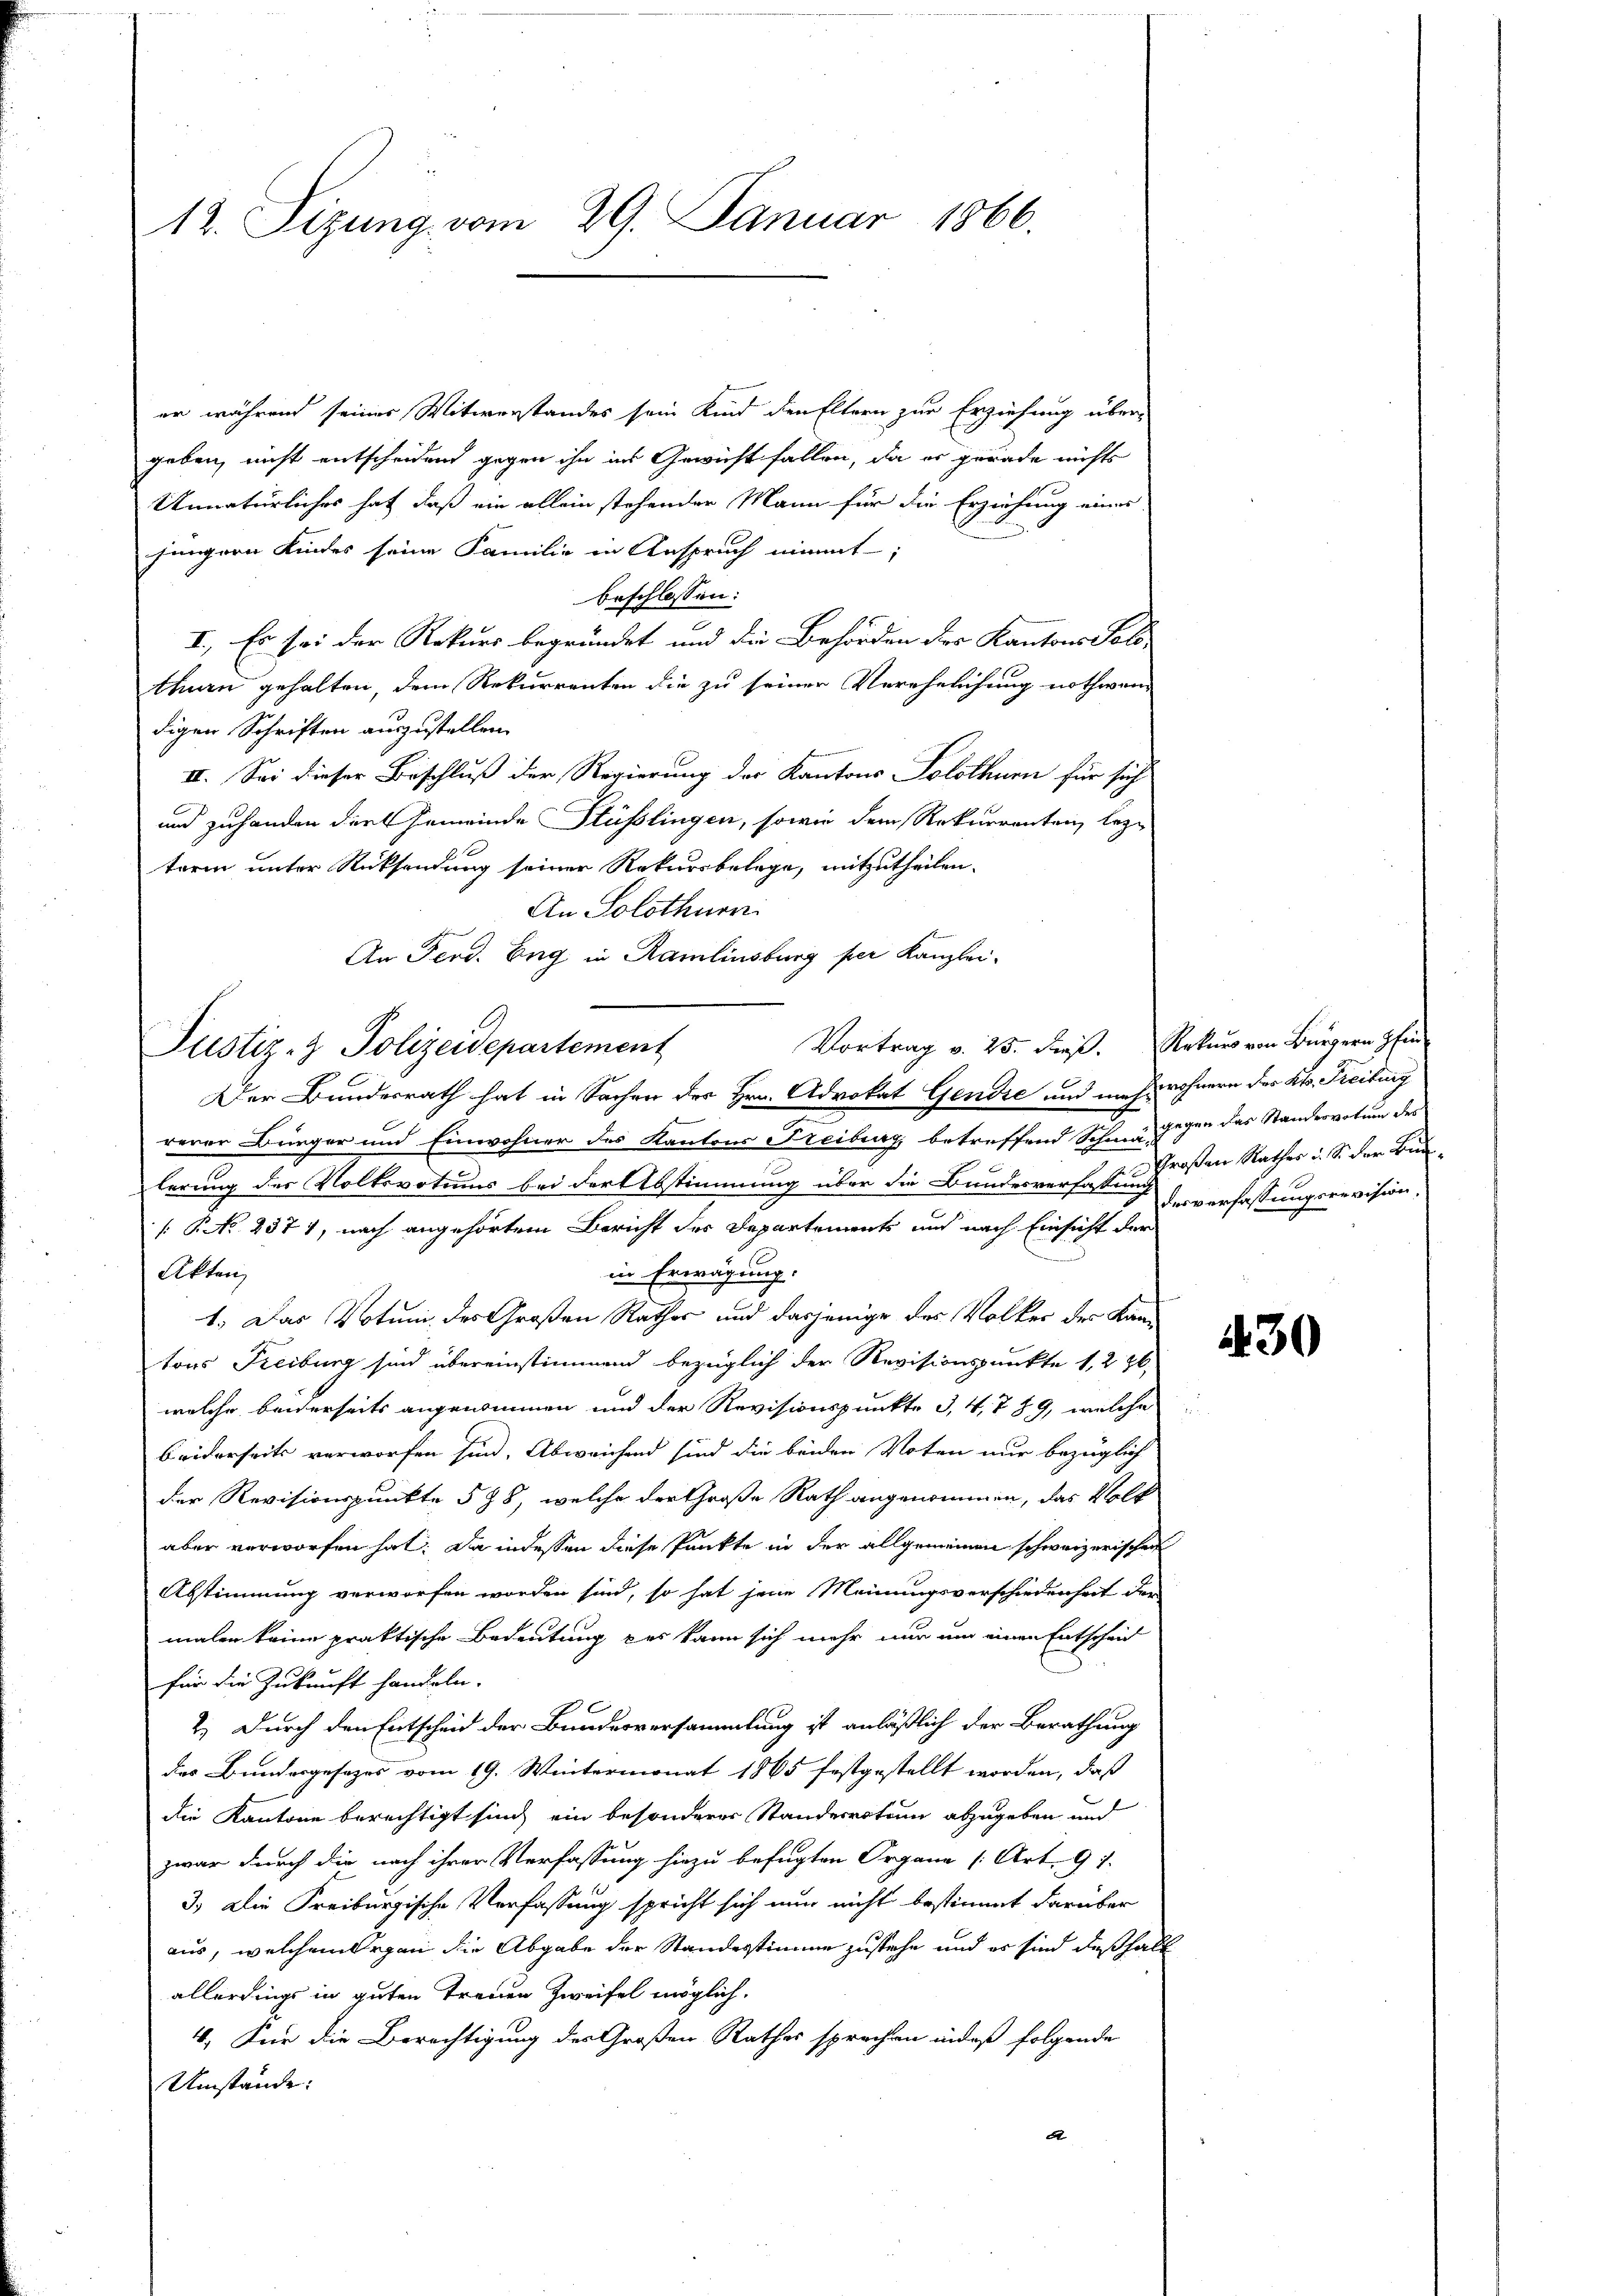
12. Sizung vom 29. Januar 1866.

er während seiner Witwerstandes sein Kind den Eltern zur Erziehung über-
geben, nicht entscheidend gegen ihn ins Gewicht fallen, da er gerade nichts
Unnatürliches hat, daß ein allein stehenden Mann für die Erziehung eines
jüngern Kindes seine Familie in Anspruch nimmt;
beschlossen:
I. Es sei der Rekurs begründet und die Behörden der Kantons Solo-
thurn gehalten, dem Rekurrenten die zu seiner Verehelichung nothwendigen Schriften auszustellen.
II. Sei dieser Beschluß der Regierung der Kantons Solothurn für sich
und zuhanden der Gemeinde Flüsslingen, sowie dem Rekurrenten, lezterm unter Rücksendung seiner Rekursbelege, mitzutheilen.
An Solothurni
An Ferd. Eng in Ramlinsburg per Kanzlei-
Justiz- & Polizeidepartement
Der Bundesrath hat in Sachen des Hrn. Advokat Gendić und nach wohnern des Kts. Freibung
derer Bürger und Einwohner des Kantons Freiburg, betreffend Schmutzigen das Standesvotum des
lerung der Volksvotums bei der Abstimmung über die Bundesverfassen großen Rathes i. S. der Bun-
[PNNo. 2371, nach angehörtem Bericht des Departements und nach Einsicht der
2
in Erwägung.
Akten,
1. Das Votum des Großen Rathes und dasjenige der Volker der Kan
tons Freiburg sind übereinstimmend bezüglich der Revisionspunkte 1, 226.
welche beiderseits angenommen und der Revisionspunkte 3, 4, 789, welche
beiderseits verworfen sind. Abweichend sind die beiden Noten nur bezüglich
der Revisionspunkte § 78, welche der Große Rath angenommen, das Volt
aber verworfen hat. Da indessen diese Punkte in der allgemeinen schweizerischen
Abstimmung verworfen worden sind, so hat jene Meinungsverschiedenheit der
malen keine praktische Bedeutung des kann sich mehr nun um einen Entscheid
für die Zukunft handeln.
2.) Durch den Entscheid der Bundesversammlung ist anläßlich der Berathung
des Bundesgesetzes vom 19. Wintermonat 1865 festgestellt worden, daß
die Kantone berechtigt sind ein besonderer Standesvotum abzugeben und
zwar durch die nach ihrer Verfassung hiezu befugten Organe (Art. 91.
3.) Die Freiburgische Verfassung spricht sich nur nicht bestimmt darüber
aus, welchem Organ die Abgabe der Standesstimme zustehe und er sind deßhalb
allerdings in guten Treuen Zweifel möglich.
4. Für die Berechtigung des Großen Rathes sprechen indeß folgende
Umstände:
2

Vortrag v. 25. dieß. Rekurs von Bürgern pfin

desverfassungsrevision,

30